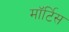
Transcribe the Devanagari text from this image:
मॉर्टिस